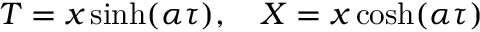
T = x \sinh ( \alpha \tau ) , \quad X = x \cosh ( \alpha \tau )